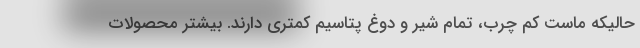
حالیکه ماست کم چرب، تمام شیر و دوغ پتاسیم کمتری دارند. بیشتر محصولات